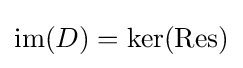
\operatorname {im} (D)=\ker(\operatorname {Res} )